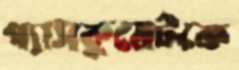
গ্যাসকুয়েটকে